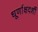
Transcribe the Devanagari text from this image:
धूर्णाक्षदर्शी